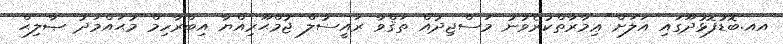
އއ.ބޮޑުފޮޅުދޫގައި އަލަށް ޢިމާރާތްކުރެވުނު މަސްޖިދުއް ތަޤްވާ ރައީސުލް ޖުމްޙޫރިއްޔާ އިބްރާހިމް މުޙައްމަދު ޞާލިޙް